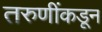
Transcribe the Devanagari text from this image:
तरुणींकडून